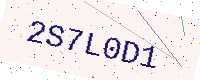
Text: 2S7L0D1